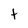
Character: t